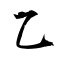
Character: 乙